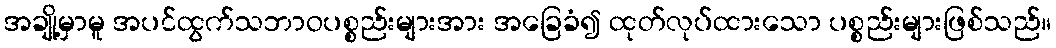
အချို့မှာမူ အပင်ထွက်သဘာဝပစ္စည်းများအား အခြေခံ၍ ထုတ်လုပ်ထားသော ပစ္စည်းများဖြစ်သည်။